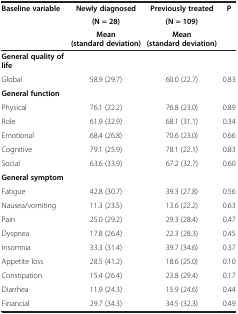
<table><thead><tr><td rowspan="3"><b>Baseline variable</b></td><td><b>Newly diagnosed</b></td><td><b>Previously treated</b></td><td rowspan="3"><b>P</b></td></tr><tr><td><b>(N = 28)</b></td><td><b>(N = 109)</b></td></tr><tr><td><b>Mean (standard deviation)</b></td><td><b>Mean (standard deviation)</b></td></tr></thead><tbody><tr><td><b>General quality of life</b></td><td> </td><td> </td><td> </td></tr><tr><td>Global</td><td>58.9 (29.7)</td><td>60.0 (22.7)</td><td>0.83</td></tr><tr><td><b>General function</b></td><td> </td><td> </td><td> </td></tr><tr><td>Physical</td><td>76.1 (22.2)</td><td>76.8 (23.0)</td><td>0.89</td></tr><tr><td>Role</td><td>61.9 (32.9)</td><td>68.1 (31.1)</td><td>0.34</td></tr><tr><td>Emotional</td><td>68.4 (26.8)</td><td>70.6 (23.0)</td><td>0.66</td></tr><tr><td>Cognitive</td><td>79.1 (25.9)</td><td>78.1 (22.1)</td><td>0.83</td></tr><tr><td>Social</td><td>63.6 (33.9)</td><td>67.2 (32.7)</td><td>0.60</td></tr><tr><td><b>General symptom</b></td><td> </td><td> </td><td> </td></tr><tr><td>Fatigue</td><td>42.8 (30.7)</td><td>39.3 (27.8)</td><td>0.56</td></tr><tr><td>Nausea/vomiting</td><td>11.3 (23.5)</td><td>13.6 (22.2)</td><td>0.63</td></tr><tr><td>Pain</td><td>25.0 (29.2)</td><td>29.3 (28.4)</td><td>0.47</td></tr><tr><td>Dyspnea</td><td>17.8 (26.4)</td><td>22.3 (28.3)</td><td>0.45</td></tr><tr><td>Insomnia</td><td>33.3 (31.4)</td><td>39.7 (34.6)</td><td>0.37</td></tr><tr><td>Appetite loss</td><td>28.5 (41.2)</td><td>18.6 (25.0)</td><td>0.10</td></tr><tr><td>Constipation</td><td>15.4 (26.4)</td><td>23.8 (29.4)</td><td>0.17</td></tr><tr><td>Diarrhea</td><td>11.9 (24.3)</td><td>15.9 (24.6)</td><td>0.44</td></tr><tr><td>Financial</td><td>29.7 (34.3)</td><td>34.5 (32.3)</td><td>0.49</td></tr></tbody></table>